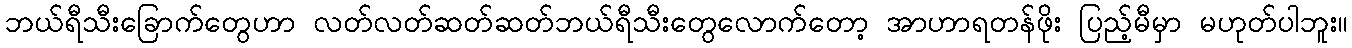
ဘယ်ရီသီးခြောက်တွေဟာ လတ်လတ်ဆတ်ဆတ်ဘယ်ရီသီးတွေလောက်တော့ အာဟာရတန်ဖိုး ပြည့်မီမှာ မဟုတ်ပါဘူး။